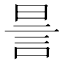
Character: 𧦊